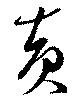
黄